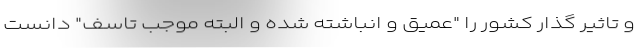
و تاثیر گذار کشور را "عمیق و انباشته شده و البته موجب تاسف" دانست